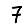
Digit: 7